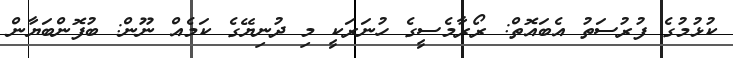
ކުޅުމުގެ ފުރުސަތު އެބައޮތް: ރޯރާމެސީގެ ހުނަރަކީ މި ދުނިޔޭގެ ކަމެއް ނޫން: ބުފޮންބަޔާން